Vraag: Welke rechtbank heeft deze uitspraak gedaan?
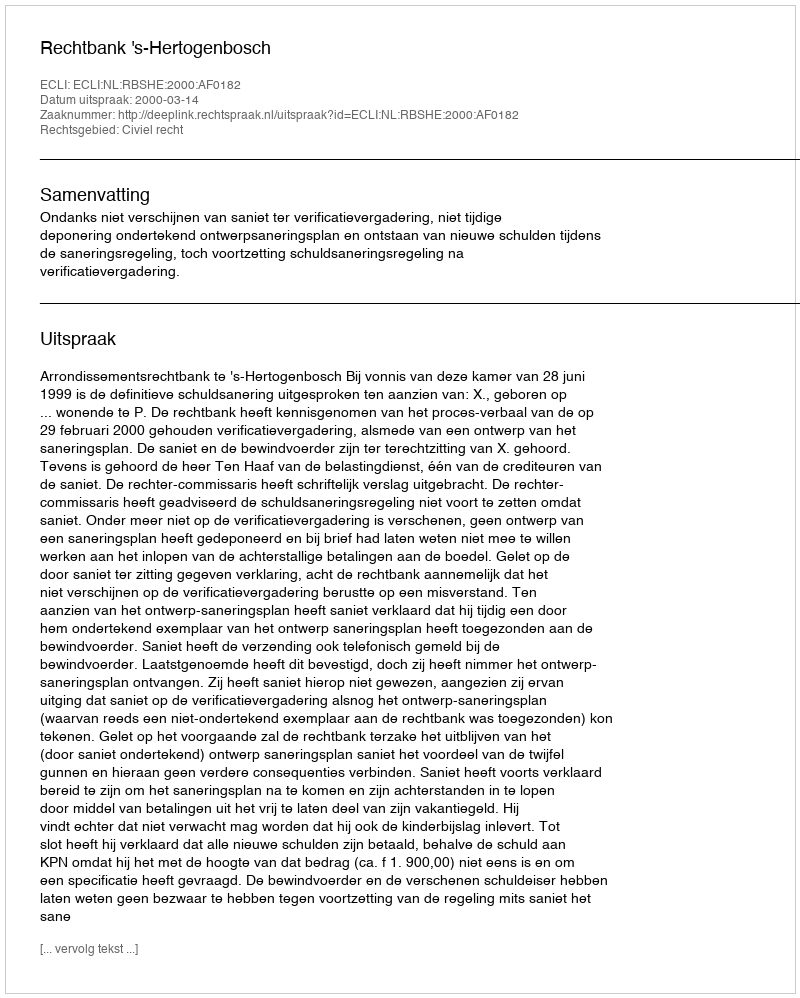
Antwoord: Rechtbank 's-Hertogenbosch